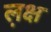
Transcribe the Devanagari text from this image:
ल़क्ष